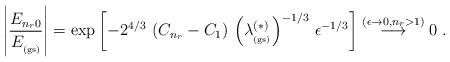
LaTeX: \begin{align*}\left|\frac{E_{n_{r} 0 } }{E_{_{\rm (gs)}} }\right|=\exp \left[-2^{4/3}\, \left( C_{n_{r}} - C_{1} \right)\,\left(\lambda^{(\ast)}_{_{\rm (gs)}} \right)^{-1/3}\,\epsilon^{-1/3}\right] \stackrel{(\epsilon \rightarrow 0, n_{r} >1 )}{\longrightarrow}0\; .\end{align*}